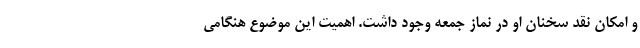
و امکان نقد سخنان او در نماز جمعه وجود داشت. اهمیت این موضوع هنگامی